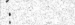
: